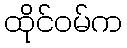
ထိုင်ဝမ်က